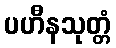
ပဟီနသုတ္တံ